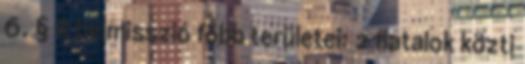
6. § A belmisszió főbb területei: 2 fiatalok közti